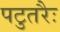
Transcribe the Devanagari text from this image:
पटुतरैः